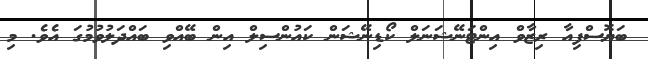
ބަޔޮސްފިއާ ރިޒާވް އިންޓަނޭޝަނަލް ކޯޑިނޭޝަން ކައުންސިލް އިން ބޭއްވި ބައްދަލުވުމުގަ އެވެ. މި